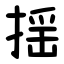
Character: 揺